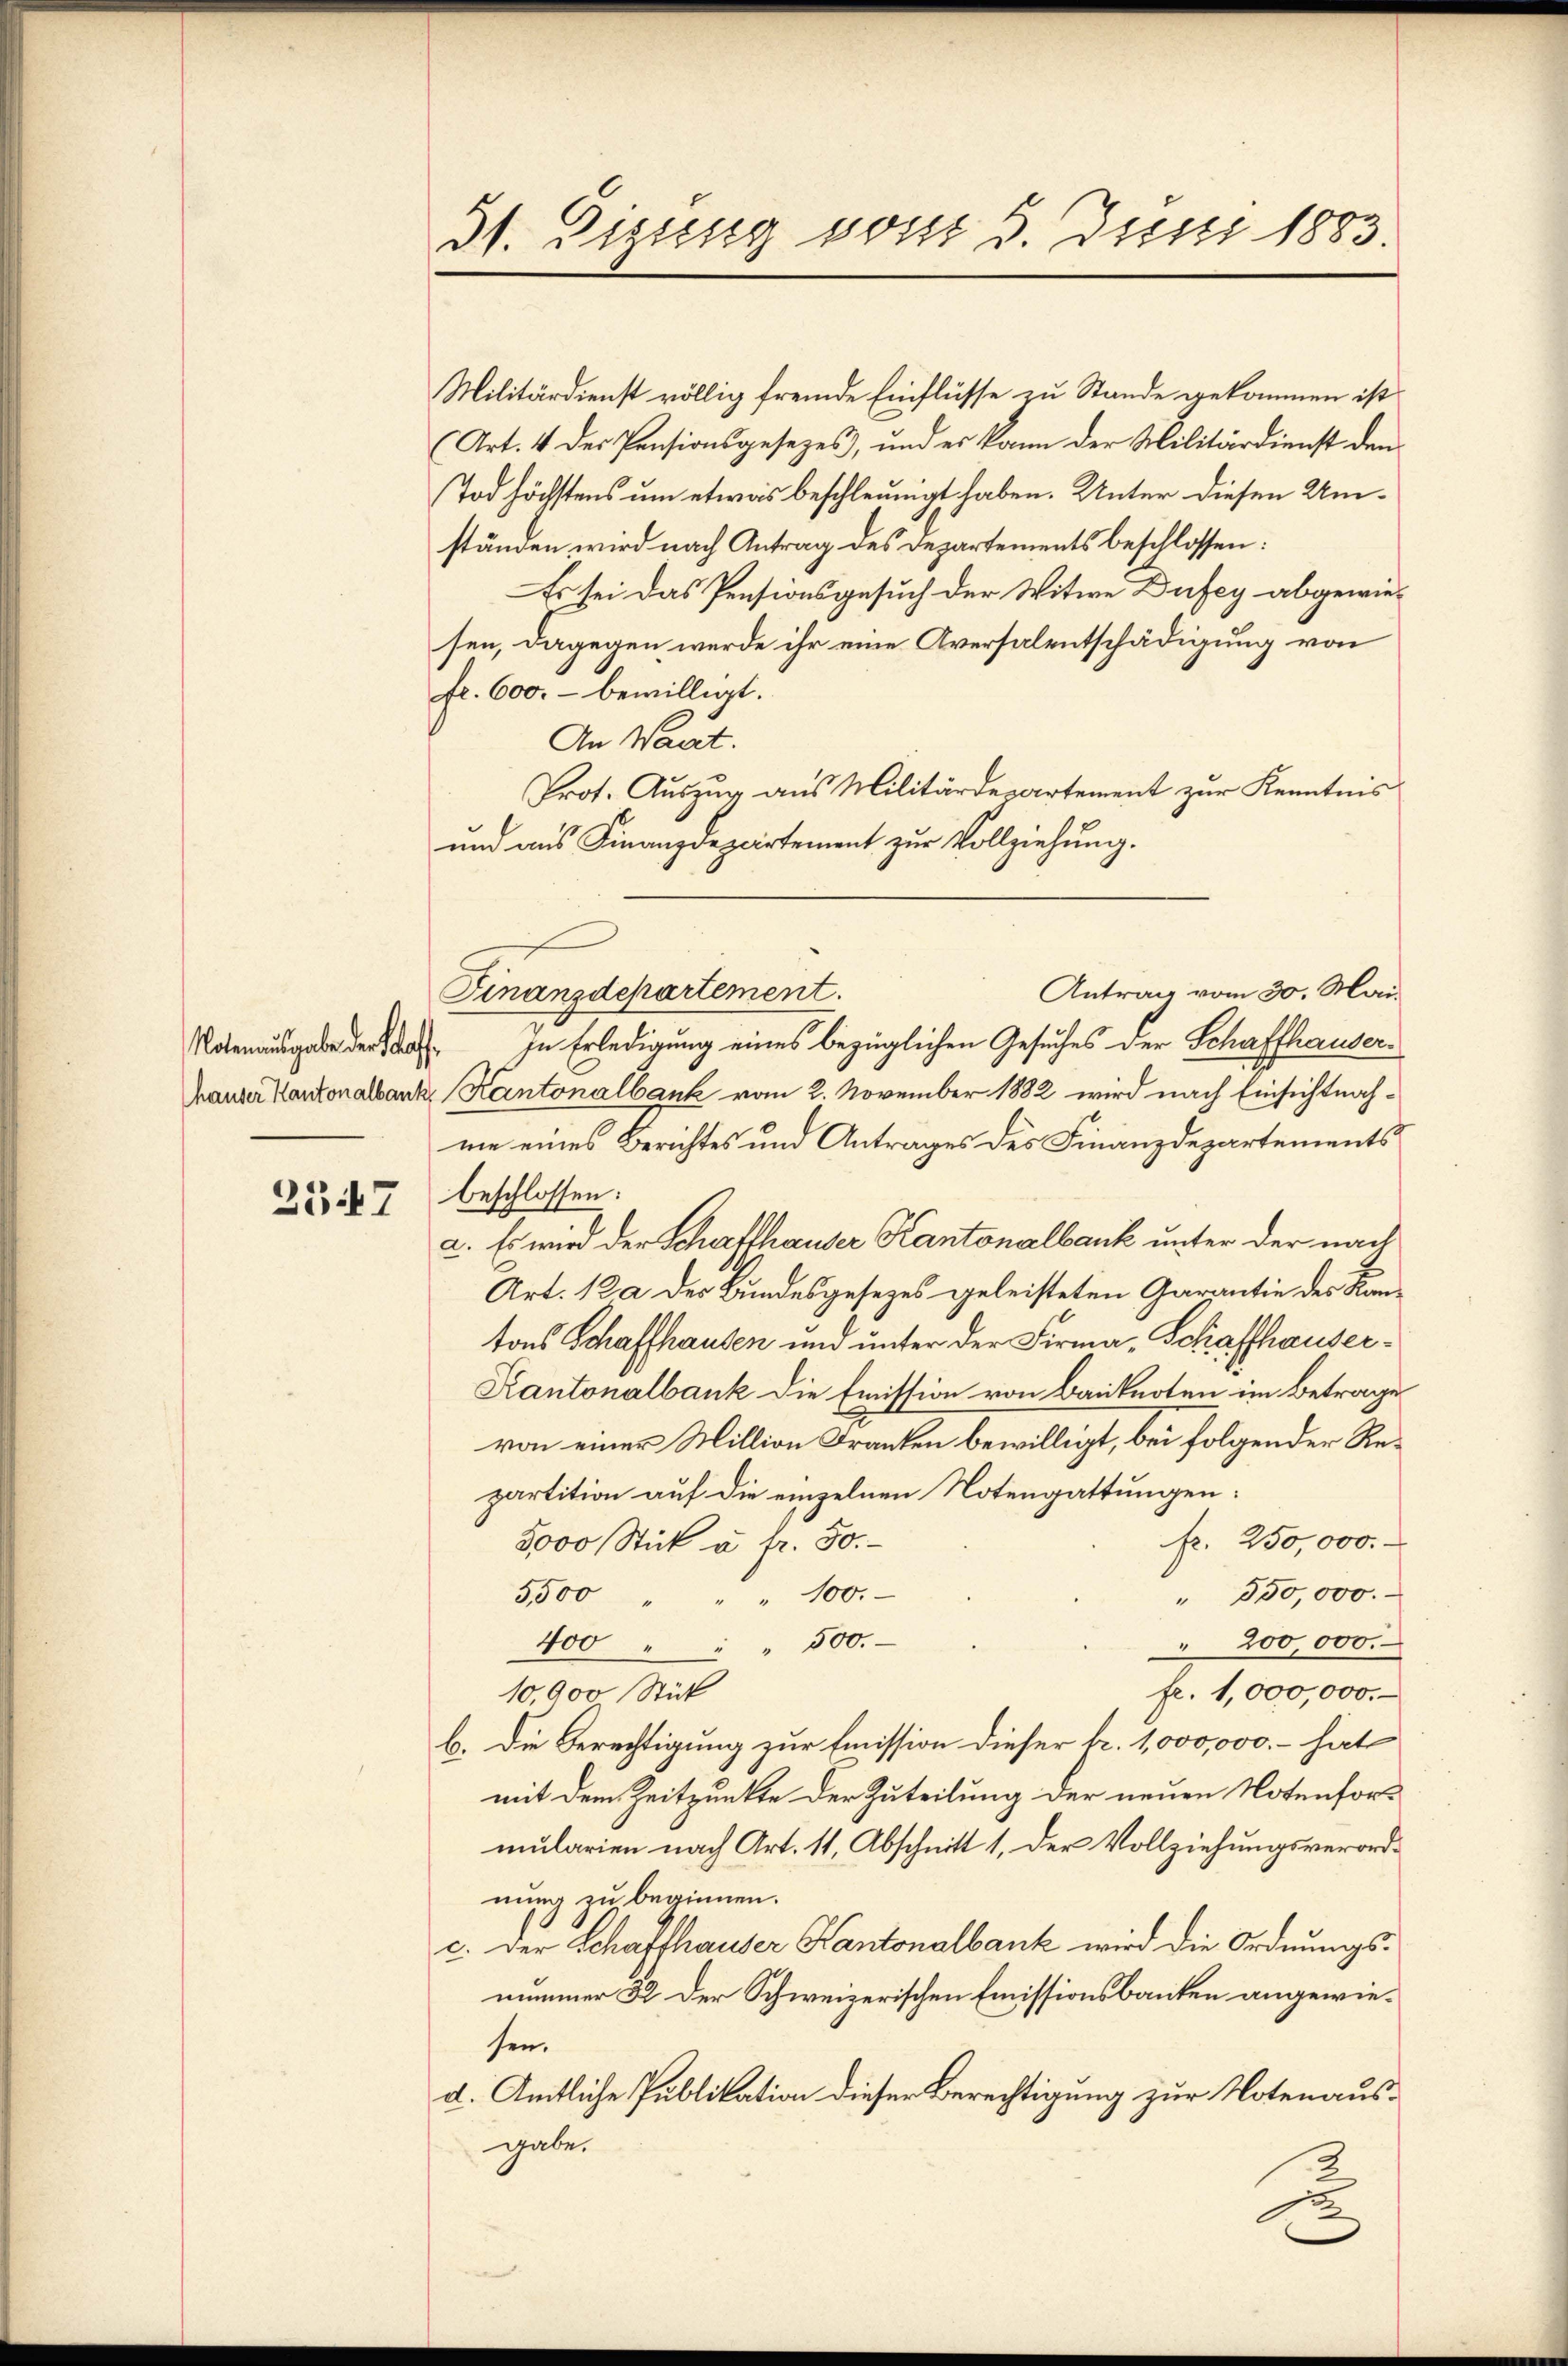
2547

31. Sigung sonst 5. Juni 1883.

Militärdienst völlig fremde Einflüsse zu Stande gekommen ist.
Art. 4 des Pensionsgesezes, und es kann der Militärdienst den
Tod höchstens um etwas beschleunigt haben. Unter diesen Umständen wird nach Antrag des Departements beschlossen:
Es sei das Pensionsgesuch der Witwe Dufey abgewiesen, dagegen werde ihr eine Aversalentschädigung von
fr. 600. bewilligt.
An Waat.
Prot. Auszug aus Militärdepartement zur Kenntnis
und aus Finanzdepartement zur Vollziehung.
Antrag vom 30. Mai
gabe der in Erledigung eines bezüglichen Gesuches der Schaffhauser¬
Krauter Kantonalbank, Kantonalbank vom 2. November 1882 wird nach Einsichtnahme eines Berichtes und Antrages des Finanzdepartements
beschlossen:
a. Es wird der Schaffhauser Kantonalbank unter der nach
Art. 12 a des Bundesgesezes geleisteten Garantie des Kantons Schaffhausen und unter der Firma, Schaffhauser¬
Kantonalbank die Emission von Banknoten im Betrage
von einer Million Franken bewilligt, bei folgender Repartition auf die einzelnen Notengattungen:
fr. 250,000.
3000 Stück u. fr. 50.
3500
" 550,000.
100.
" 200,000.
400 " " " 500.
fr. 1,000,000.
10,000 Stück
b. Die Berechtigung zur Emission dieser Fr. 1,000,000. - hat
mit dem Zeitpunkte der Zuteilung der neuen Notenfor-
mularien nach Art. 11, Abschnitt 1, der Vollziehungsverordnung zu beginnen.
c. Der Schaffhauser Kantonalbank wird die Ordnungsnummer 22 der Schweizerischen Emissionsbanken angewiesen.
d. Amtliche Publikation dieser Berechtigung zur Notenausgabe.
u

Finanzdepartement.